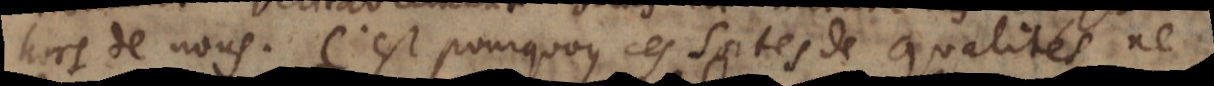
hors de nous. C’est pourquoy ces sortes de qualités ne